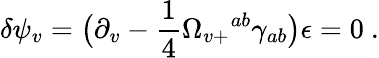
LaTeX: \delta\psi_{v}=\bigl(\partial_{v}-{\frac{1}{4}}\Omega_{v+}{}^{ab}\gamma_{ab}\bigr)\epsilon=0\ .